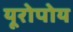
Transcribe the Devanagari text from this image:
यूरोपोय